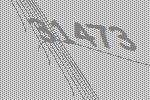
31473